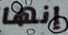
إنها